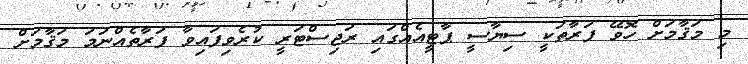
މި މަޤާމަށް ހޮވޭ ފަރާތަކީ ސިޔާސީ ޕާޓީއެއްގައި ރަޖިސްޓަރީ ކުރެވިފައިވާ ފަރާތެއްނަމަ މަޤާމަށް